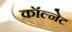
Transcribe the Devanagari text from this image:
कॉल्नेट